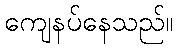
ကျေနပ်နေသည်။